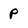
Character: p